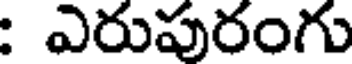
: ఎరుపురంగు